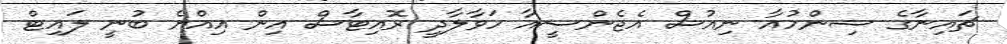
ޗައިނާގެ ޝިންހުއާ ނިއުސް އެޖެންސީއާ ހަވާލާދީ ރޮއިޓާސް އިން އިއްޔެ ބުނީ ލައިޓް